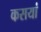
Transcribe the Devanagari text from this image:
कसयां